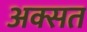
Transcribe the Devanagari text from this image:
अक्सत